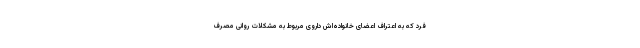
فرد که به اعتراف اعضای خانواده‌اش داروی مربوط به مشکلات روانی مصرف